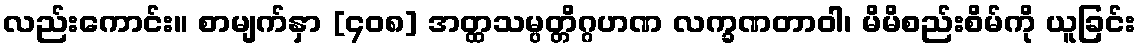
လည်းကောင်း။ စာမျက်နှာ [၄၀၈] အတ္ထသမ္ပတ္တိဂ္ဂဟဏ လက္ခဏတာဝါ၊ မိမိစည်းစိမ်ကို ယူခြင်း